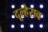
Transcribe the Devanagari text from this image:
दूल्हेराव